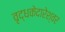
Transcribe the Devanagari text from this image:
वृद्धकेदारेश्वर